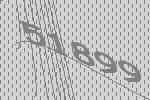
51899